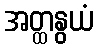
အတ္ထနွယံ